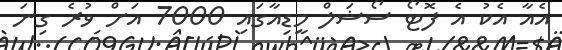
އެއާ އެކު އެ ފޮޓޯ ސޯޝަލް މީޑިއާގައި 7000 އަށް ވުރެ ގިނަ